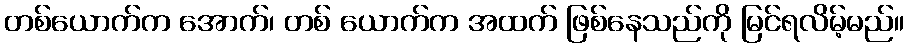
တစ်ယောက်က အောက်၊ တစ် ယောက်က အထက် ဖြစ်နေသည်ကို မြင်ရလိမ့်မည်။